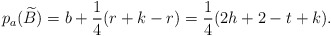
\begin{align*}p_a(\widetilde{B})=b+\frac{1}{4}(r+k-r)=\frac{1}{4}(2h+2-t+k).\end{align*}